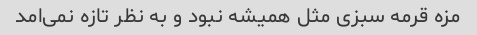
مزه قرمه سبزی مثل همیشه نبود و به نظر تازه نمی‌امد